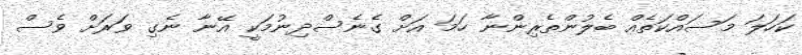
ކަހަލަ މަސައްކަތެއް ބެލުންތެރިންނާ ހަމަ އަށް ގެނެސްދިނުމަކީ އޭނާ ނެގި ވަރަށް ވެސް